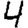
Digit: 4